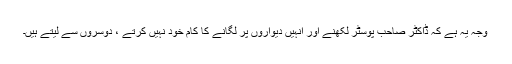
وجہ یہ ہے کہ ڈاکٹر صاحب پوسٹر لکھنے اور انہیں دیواروں پر لگانے کا کام خود نہیں کرتے ، دوسروں سے لیتے ہیں۔